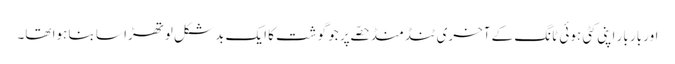
اور بار بار اپنی کٹی ہوئی ٹانگ کے آخری ٹنڈ منڈ حصّے پر جو گوشت کا ایک بدشکل لوتھڑا سا بنا ہوا تھا۔